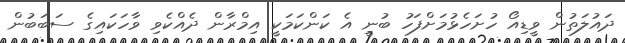
ދައުލަތުން ވީޑިއޯ ހުށަހެޅުމަށްފަހު ބުނީ އެ ކަންކަމަކީ އިމްރާން ދެއްކެވި ވާހަކައިގެ ސަބަބުން